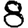
Digit: 8